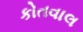
કોતવાલ